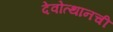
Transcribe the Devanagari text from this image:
देवोत्थानची